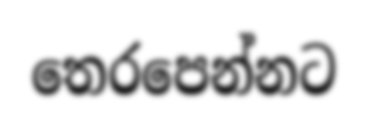
තෙරපෙන්නට